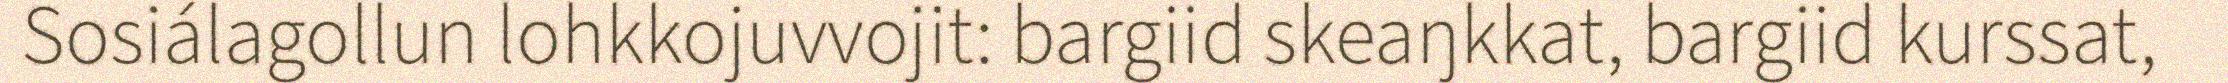
Sosiálagollun lohkkojuvvojit: bargiid skeaŋkkat, bargiid kurssat,